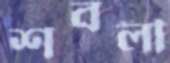
শবলী